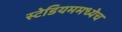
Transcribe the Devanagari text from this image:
स्टेडियममध्येच